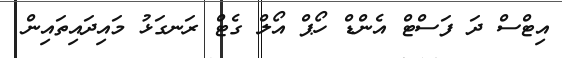
އިޓްސް ދަ ފަސްޓް އެންޑް ހޯޕް އޯލް ގެޓް ރަނގަޅު މައިދައިތައިން